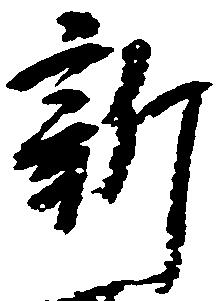
新